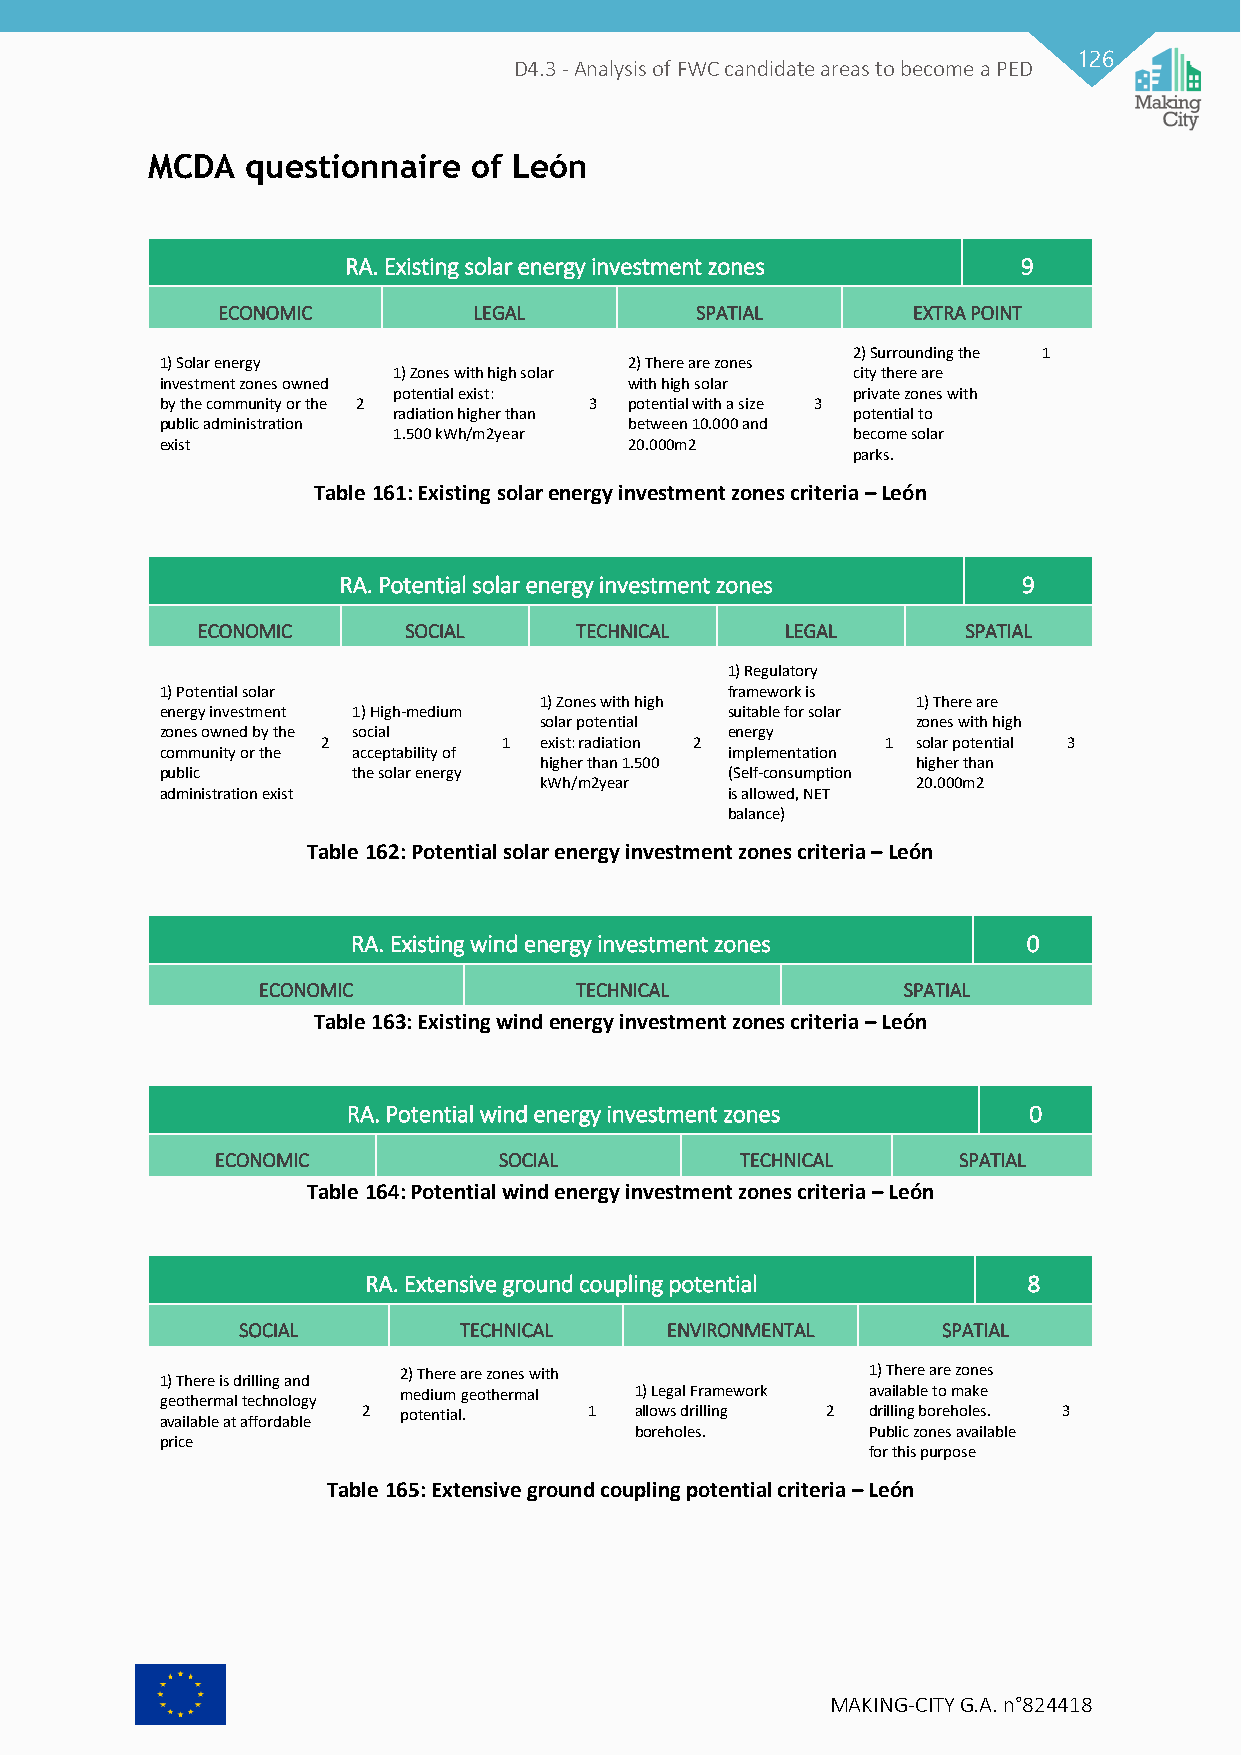
126
 D4.3 - Analysis of FWC candidate areas to become a PED
 MCDA  questionnaire  of León
 RA. Existing solar energy investment zones   9
 ECONOMIC         LEGAL          SPATIAL       EXTRA POINT
 2) Surrounding the 1
 1) Solar energy                2) There are zones
 1) Zones with high solar      city there are
 investment zones owned         with high solar
 potential exist:              private zones with
 by the community or the 2   3  potential with a size 3
 radiation higher than         potential to
 public administration          between 10.000 and
 1.500 kWh/m2year              become solar
 exist                          20.000m2
 parks.
 Table 161: Existing solar energy investment zones criteria – León
 RA. Potential solar energy investment zones   9
 ECONOMIC      SOCIAL     TECHNICAL     LEGAL       SPATIAL
 1) Regulatory
 1) Potential solar                   framework is
 1) Zones with high       1) There are
 energy investment 1) High-medium     suitable for solar
 solar potential          zones with high
 zones owned by the social            energy
 2           1  exist: radiation 2     1 solar potential 3
 community or the acceptability of    implementation
 higher than 1.500        higher than
 public      the solar energy         (Self-consumption
 kWh/m2year               20.000m2
 administration exist                 is allowed, NET
 balance)
 Table 162: Potential solar energy investment zones criteria – León
 RA. Existing wind energy investment zones    0
 ECONOMIC             TECHNICAL             SPATIAL
 Table 163: Existing wind energy investment zones criteria – León
 RA. Potential wind energy investment zones   0
 ECONOMIC           SOCIAL          TECHNICAL     SPATIAL
 Table 164: Potential wind energy investment zones criteria – León
 RA. Extensive ground coupling potential     8
 SOCIAL        TECHNICAL     ENVIRONMENTAL     SPATIAL
 1) There is drilling and 2) There are zones with 1) There are zones
 geothermal technology medium geothermal 1) Legal Framework available to make
 available at affordable 2 potential. 1 allows drilling 2 drilling boreholes. 3
 boreholes.      Public zones available
 price
 for this purpose
 Table 165: Extensive ground coupling potential criteria – León
 MAKING-CITY G.A. n°824418